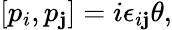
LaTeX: \left[p_{i},p_{\mathbf{j}}\right]=i\epsilon_{i\mathbf{j}}\theta,